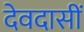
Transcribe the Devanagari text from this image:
देवदासीं